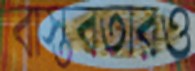
বাস্তবতারও